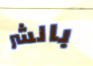
بالشر